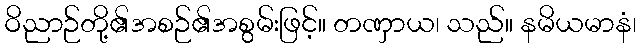
ဝိညာဉ်တို့၏အစဉ်၏အစွမ်းဖြင့်။ တဏှာယ၊ သည်။ နမိယမာနံ၊